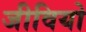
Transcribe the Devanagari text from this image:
जीवियो